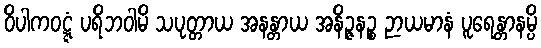
ဝိပါကဝဋ္ဋံ ပရိဘဝါမိ သပုတ္တာယ အနန္တာယ အနိဉ္ဇနဉ္စ ဉာယမာနံ ပူရေန္တာနမ္ပိ